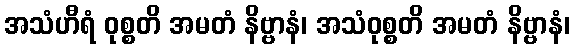
အသံဟီရံ ဝုစ္စတိ အမတံ နိဗ္ဗာနံ၊ အသံဝုစ္စတိ အမတံ နိဗ္ဗာနံ၊